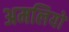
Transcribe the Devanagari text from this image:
अमलियों